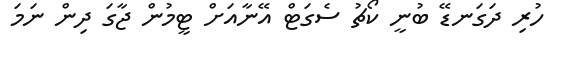
ހުރި ދަގަނޑޭ ބުނީ ކޯޗު ސެގަޓް އޭނާއަށް ޓީމުން ޖާގަ ދިން ނަމަ